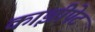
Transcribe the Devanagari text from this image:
काझीपेट